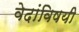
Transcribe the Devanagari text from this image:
वेदांविषयी